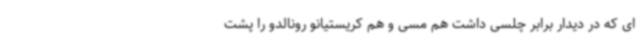
ای که در دیدار برابر چلسی داشت هم مسی و هم کریستیانو رونالدو را پشت